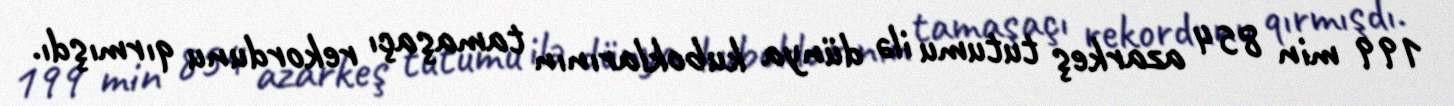
199 min 854 azarkeş tutumu ilə dünya kuboklarının tamaşaçı rekordunu qırmışdı.